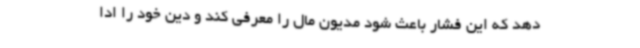
دهد که این فشار باعث شود مدیون مال را معرفی کند و دین خود را ادا